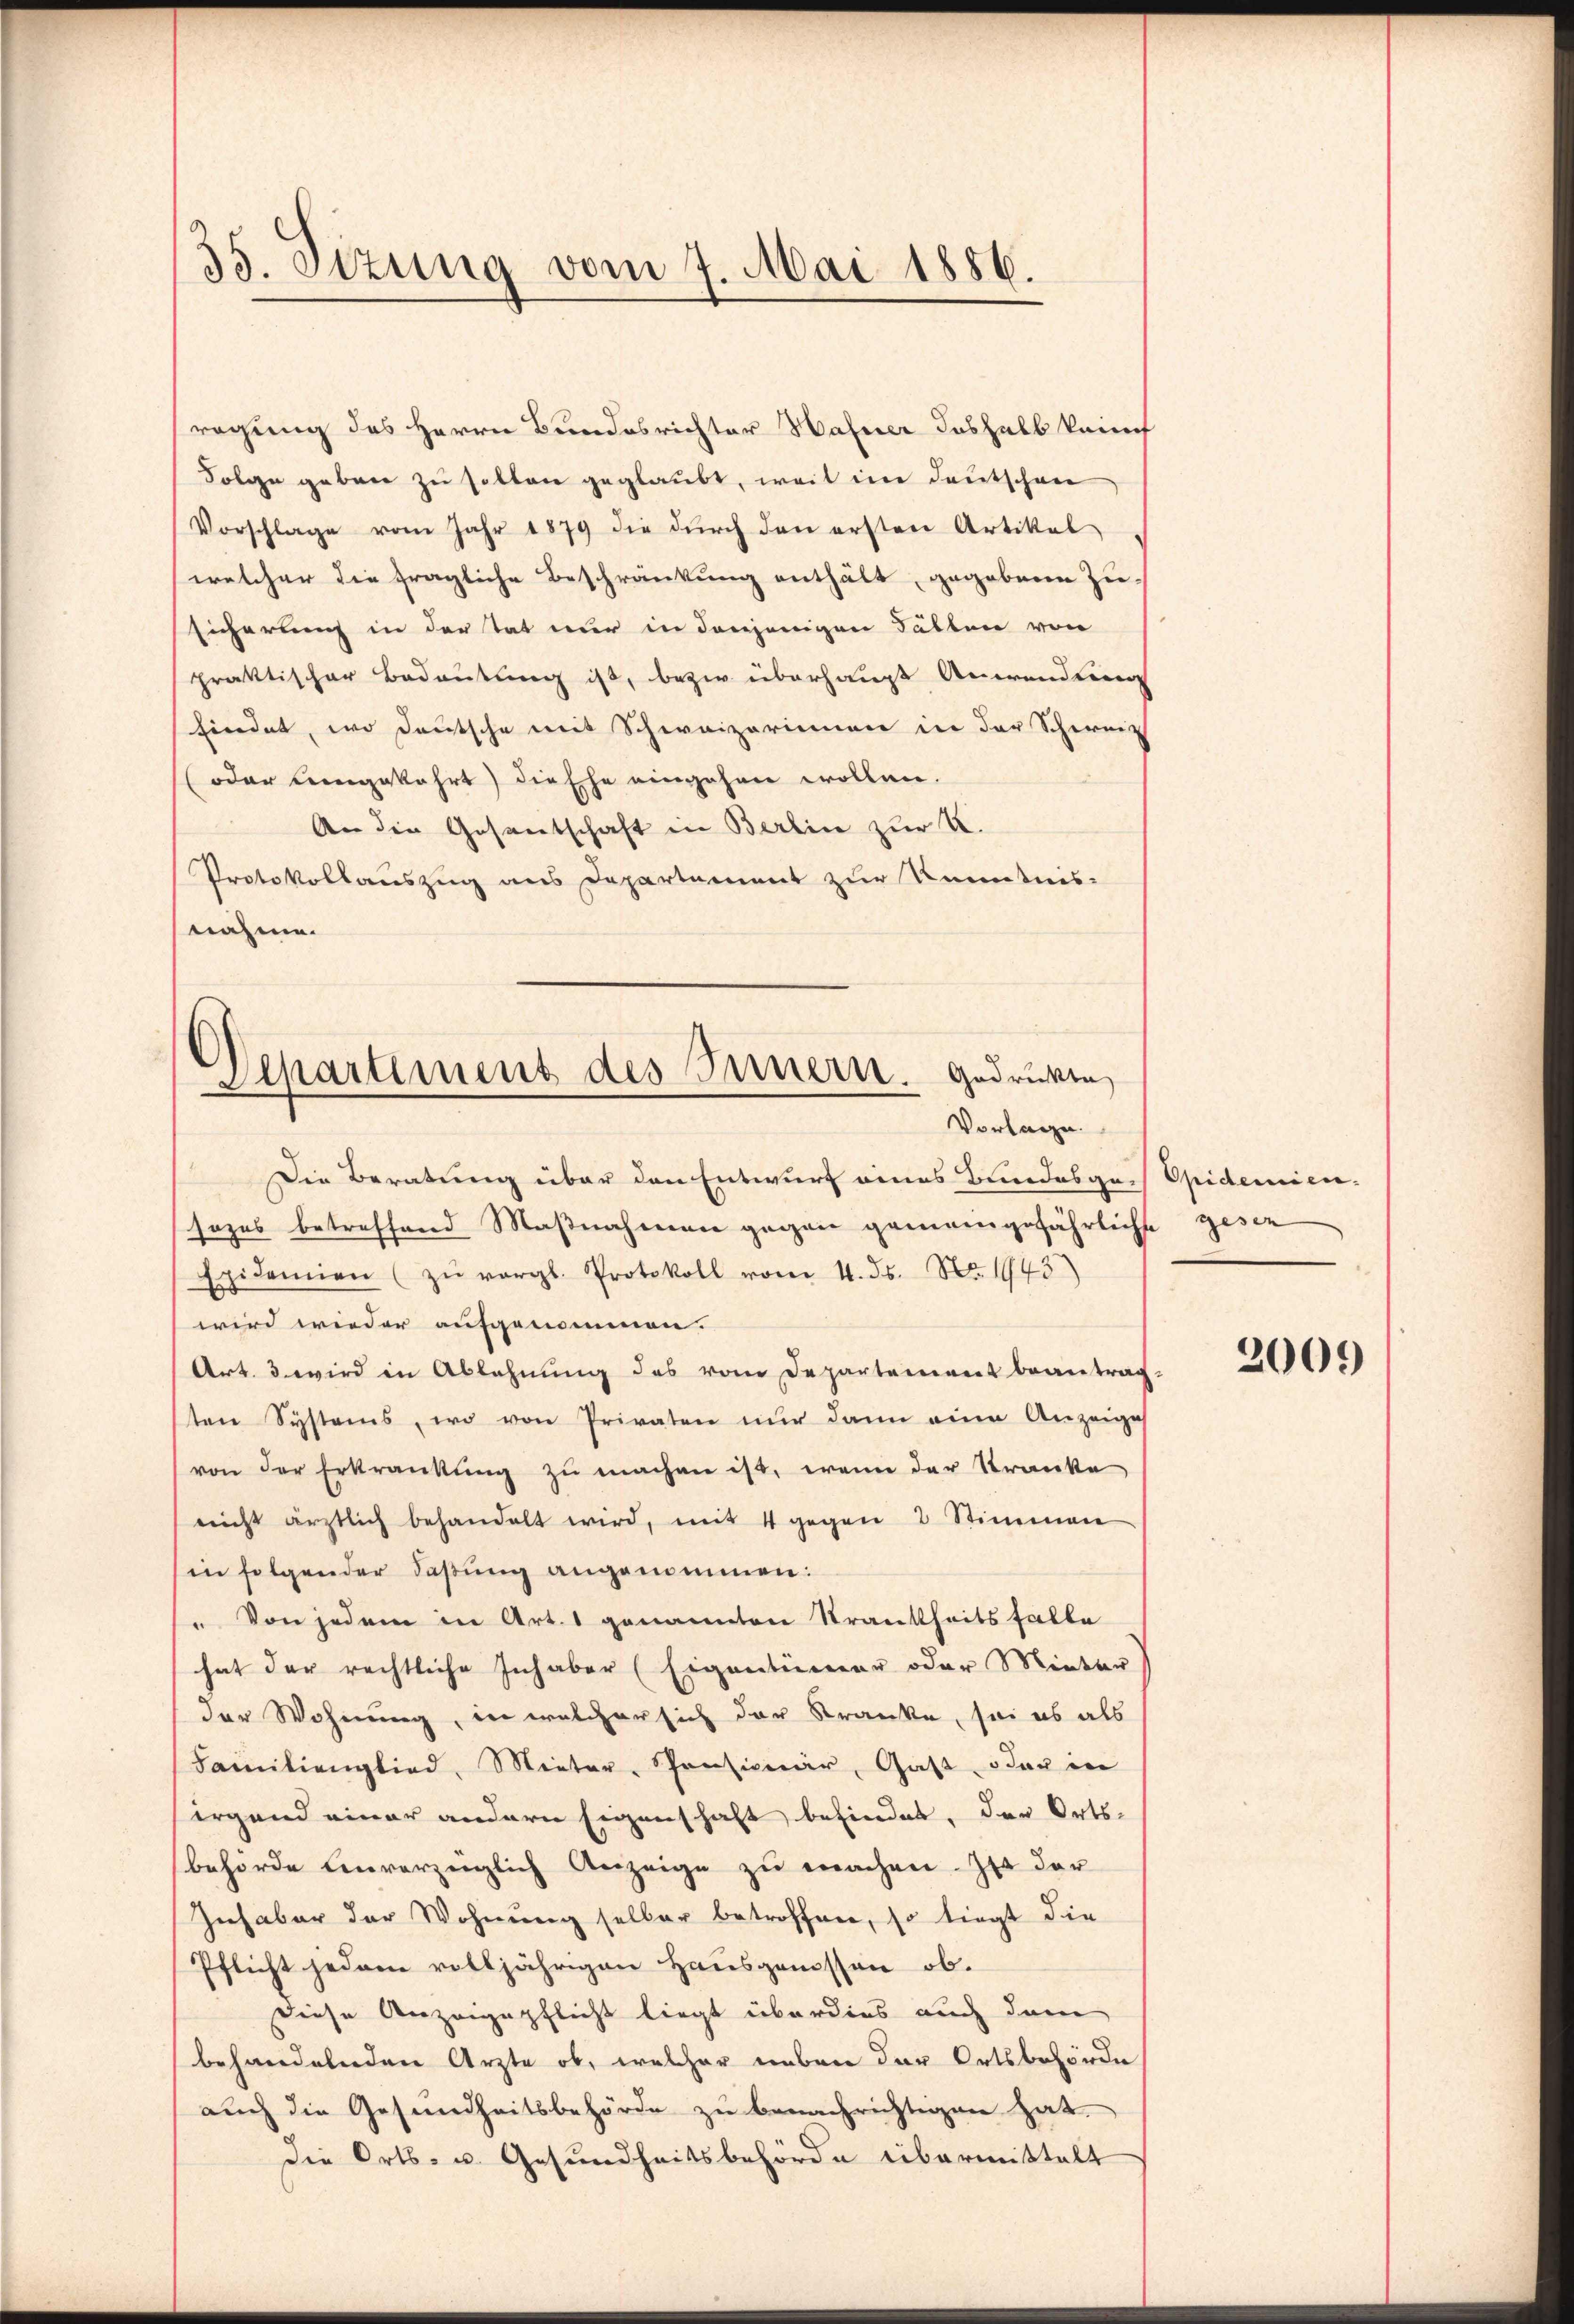
35. Dezung vom 7. Mai 1886.

ragung des Herrn Bundesrichter Hahner doshalb keine
Folge geben zu solten geglaubt, weil im Deutschen
Vorschlage vom Jahr 1879 die dŭrch den ersten Artikal
welcher die fragliche Beschränkung enthält, gegebene Zu-
sicherung in der Tat nur in denjenigen Fällen von
praktischer Bedeutung ist, bezw. überhaupt Anwendung
findet, wo deutsche mit Schweizerinnen in der Schweiz
(oder eingekehrt die Ehe eingehen wollen.
An die Gesantschaft in Berlin zur K.
Protokollauszug aus Departement zur Kenntnis-
nahme.

Departement des Innern. Gedrücken
Vorlage.

Die Beratung über den Entwurf eines Bundesge-Epidemien-
sezes betreffend Maßnahmen gegen gemeingefährliche gesen
Epidemien (zŭ vergl. Protokoll vom 4. ds. No. 1943
wird wieder aufgenommen.
Art. 3 wird in Ablehnŭng des vom Departement beantrag-
ten Systems, wo von Privaten nur dann eine Anzeige
von der Erkrankung zu machen ist, wenn der Kranke
nicht ärztlich behandelt wird, mit 4 gegen 2 Stimmen
in folgender Faßung angenommen:
" Von jedem in Art. 1 genannten Strankheitsfalle
hat der rechtliche Inhaber (Eigentümer oder Mieter
der Wohnung, in welcher sich der Kranke, sei es als
Familienglied, Mieter, Pensionär, Gast oder in
irgend einer andern Eigenschaft befindet, der Orts-
behörde Einverzeiglich Anzeige zŭ machen. Ist der
Inhaber der Wohnung selber betroffen, so liegt die
Pflicht jedem volljährigen Hausgenossen ob.
diese Anzeigepflicht liegt überdies auch dem
behandelnden Ärzte ob, welcher neben der Ortsbehörde
auch die Gesundheitsbehörde zu benachrichtigen hat.
die Orts- u. Gesundheitsbehörde übermittelt

2000